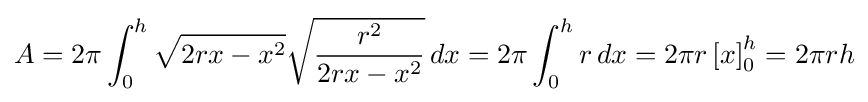
A=2\pi \int _{0}^{h}{\sqrt {2rx-x^{2}}}{\sqrt {\frac {r^{2}}{2rx-x^{2}}}}\,dx=2\pi \int _{0}^{h}r\,dx=2\pi r\left[x\right]_{0}^{h}=2\pi rh